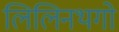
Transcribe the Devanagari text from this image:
लिलिनथगो